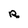
Character: R